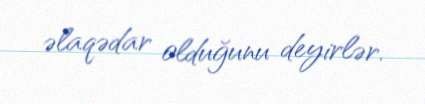
əlaqədar olduğunu deyirlər.